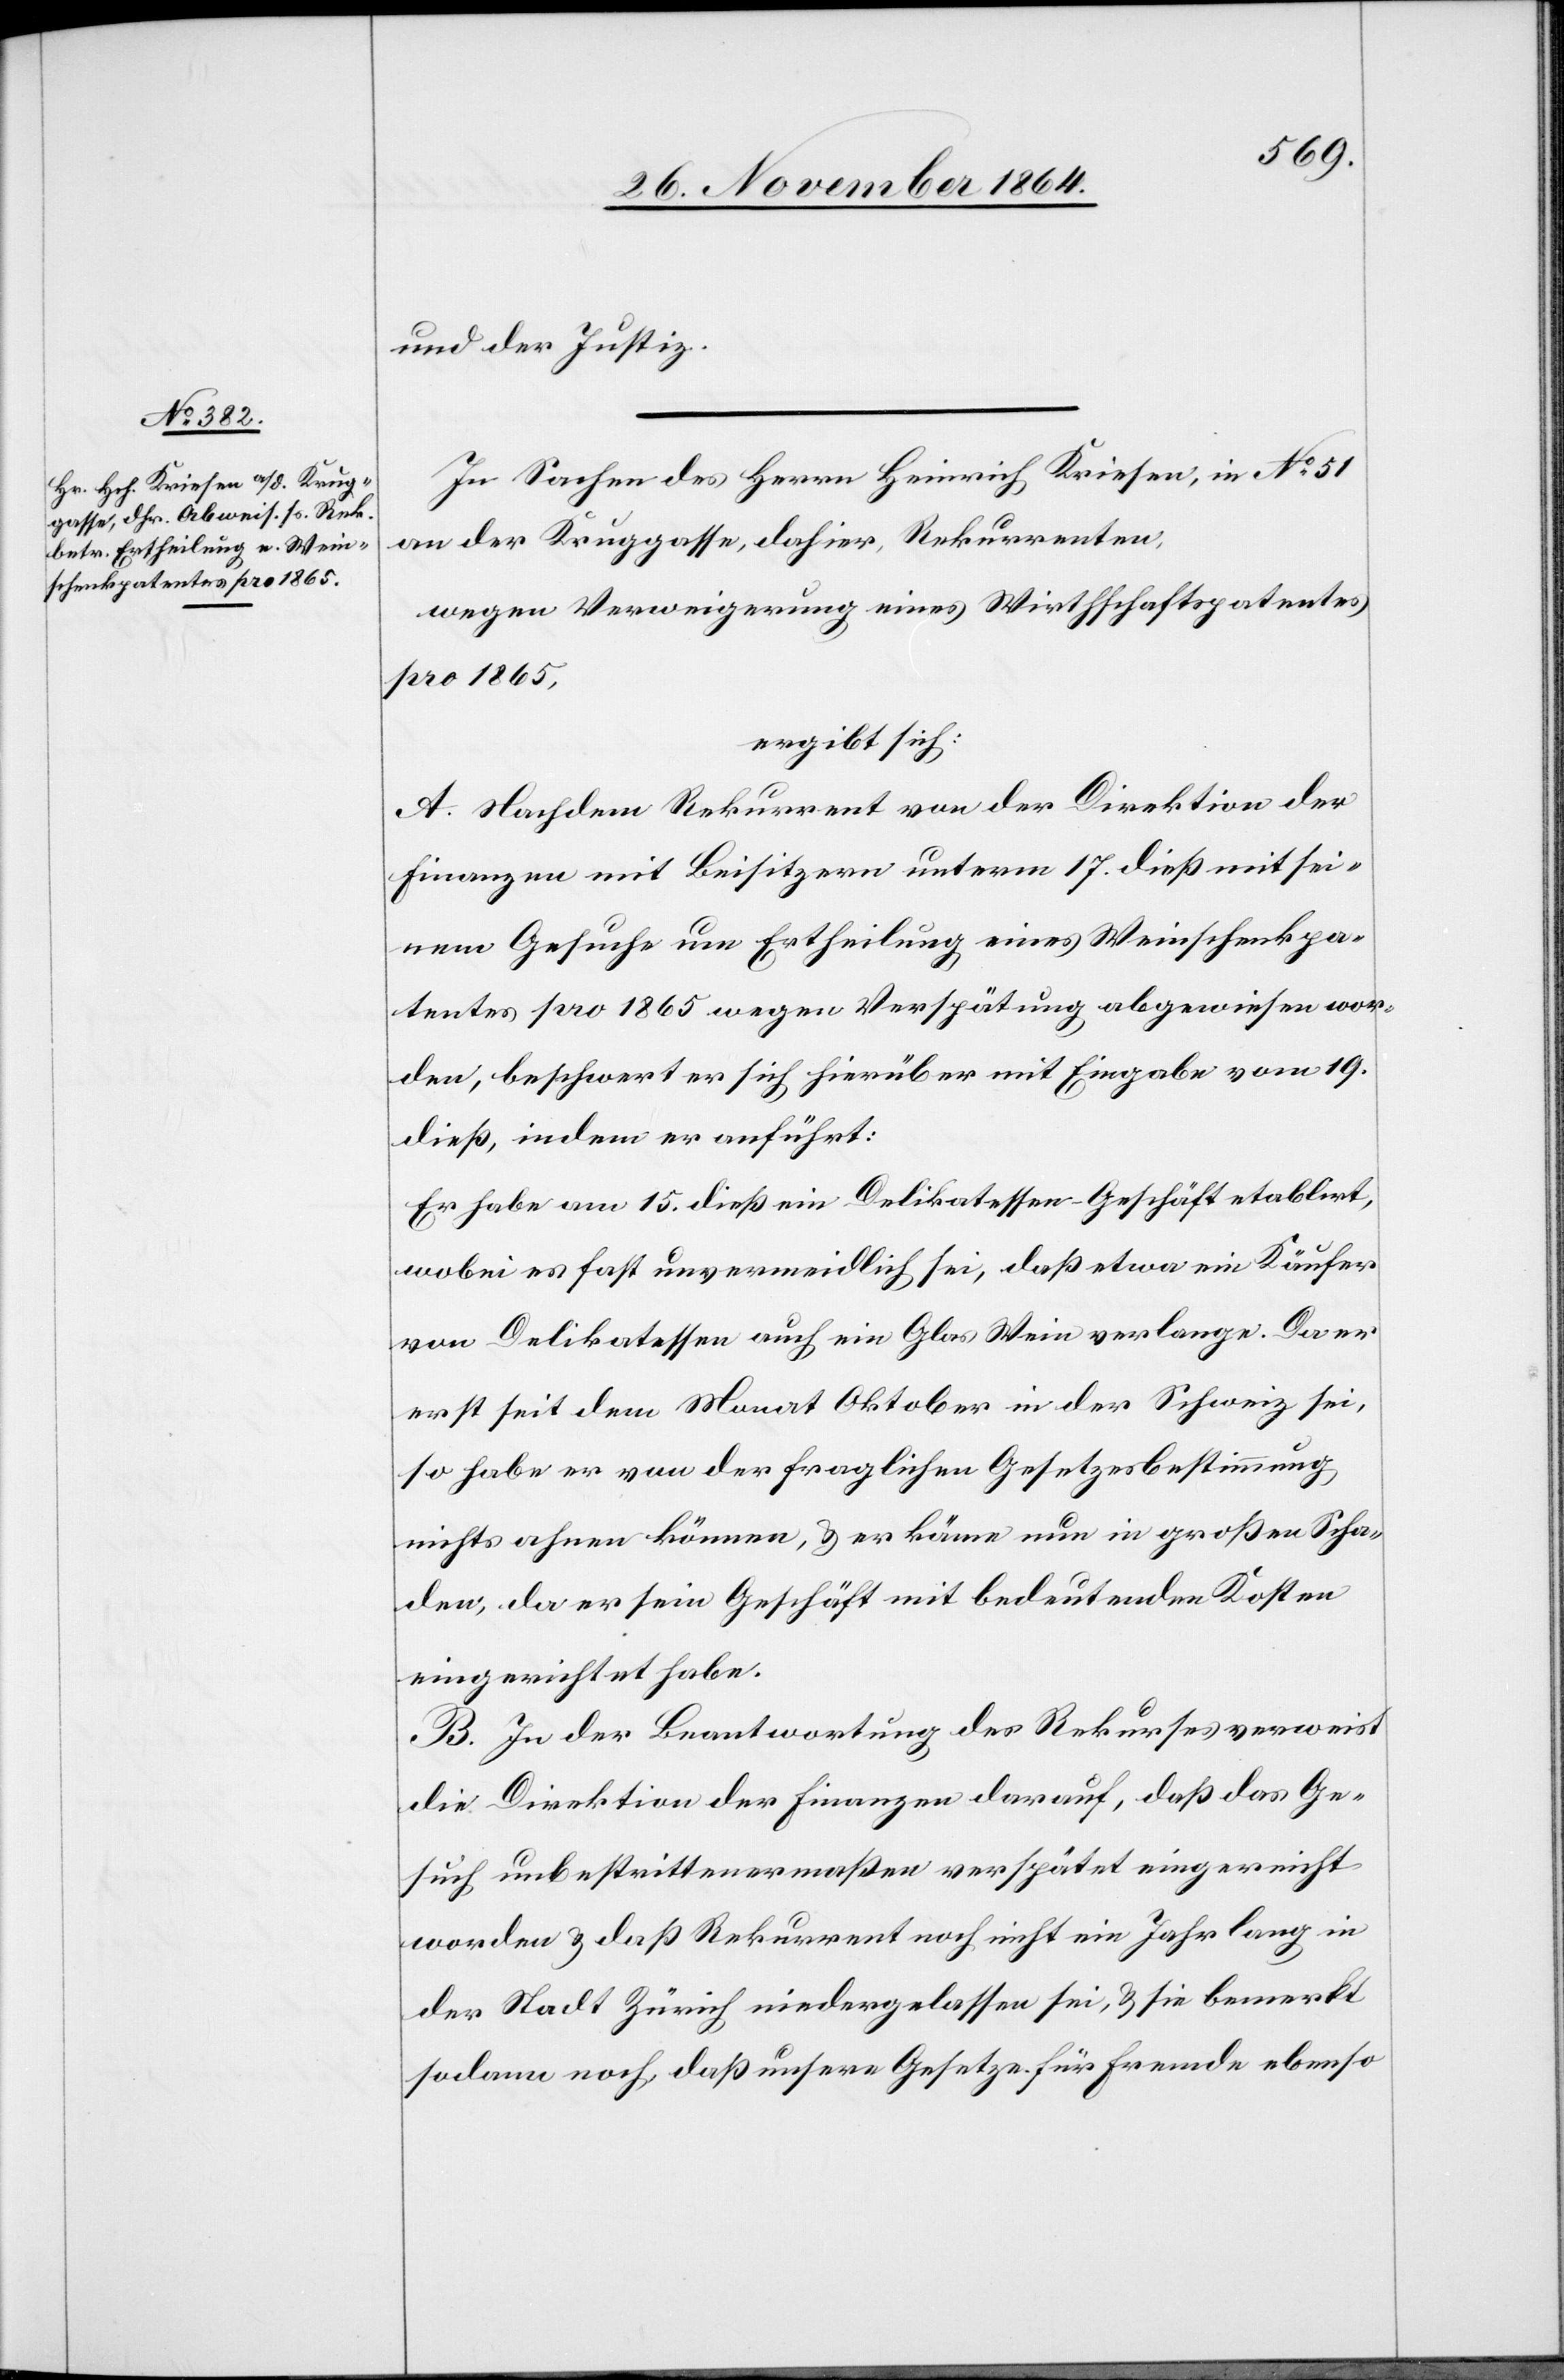
und der Justiz.
In Sachen des Herrn Heinrich Kriesen, in No 51
an der Kruggasse, dahier, Rekurrenten,
wegen Verweigerung eines Wirthschaftspatentes
pro 1865,
ergibt sich:
A. Nachdem Rekurrent von der Direktion der
Finanzen mit Beisitzern unterm 17. dieß mit sei¬
nem Gesuche um Ertheilung eines Weinschenkpa¬
tentes pro 1865 wegen Verspätung abgewiesen wor¬
den, beschwert er sich hierüber mit Eingabe vom 19.
dieß, indem er anführt:
Er habe am 15. dieß ein Delikatessen-Geschäft etablirt,
wobei es fast unvermeidlich sei, daß etwa ein Käufer
von Delikatessen auch ein Glas Wein verlange. Da er
erst seit dem Monat Oktober in der Schweiz sei,
so habe er von der fraglichen Gesetzesbestimmung
nichts ahnen können, & er käme nun in großen Scha¬
den, da er sein Geschäft mit bedeutenden Kosten
eingerichtet habe.
B. In der Beantwortung des Rekurses verweist
die Direktion der Finanzen darauf, daß das Ge¬
such unbestrittenermaßen verspätet eingereicht
worden & daß Rekurrent noch nicht ein Jahr lang in
der Stadt Zürich niedergelassen sei, & sie bemerkt
sodann noch, daß unsere Gesetze für fremde ebenso